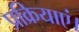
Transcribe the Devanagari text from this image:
प्रक्रियाएं।